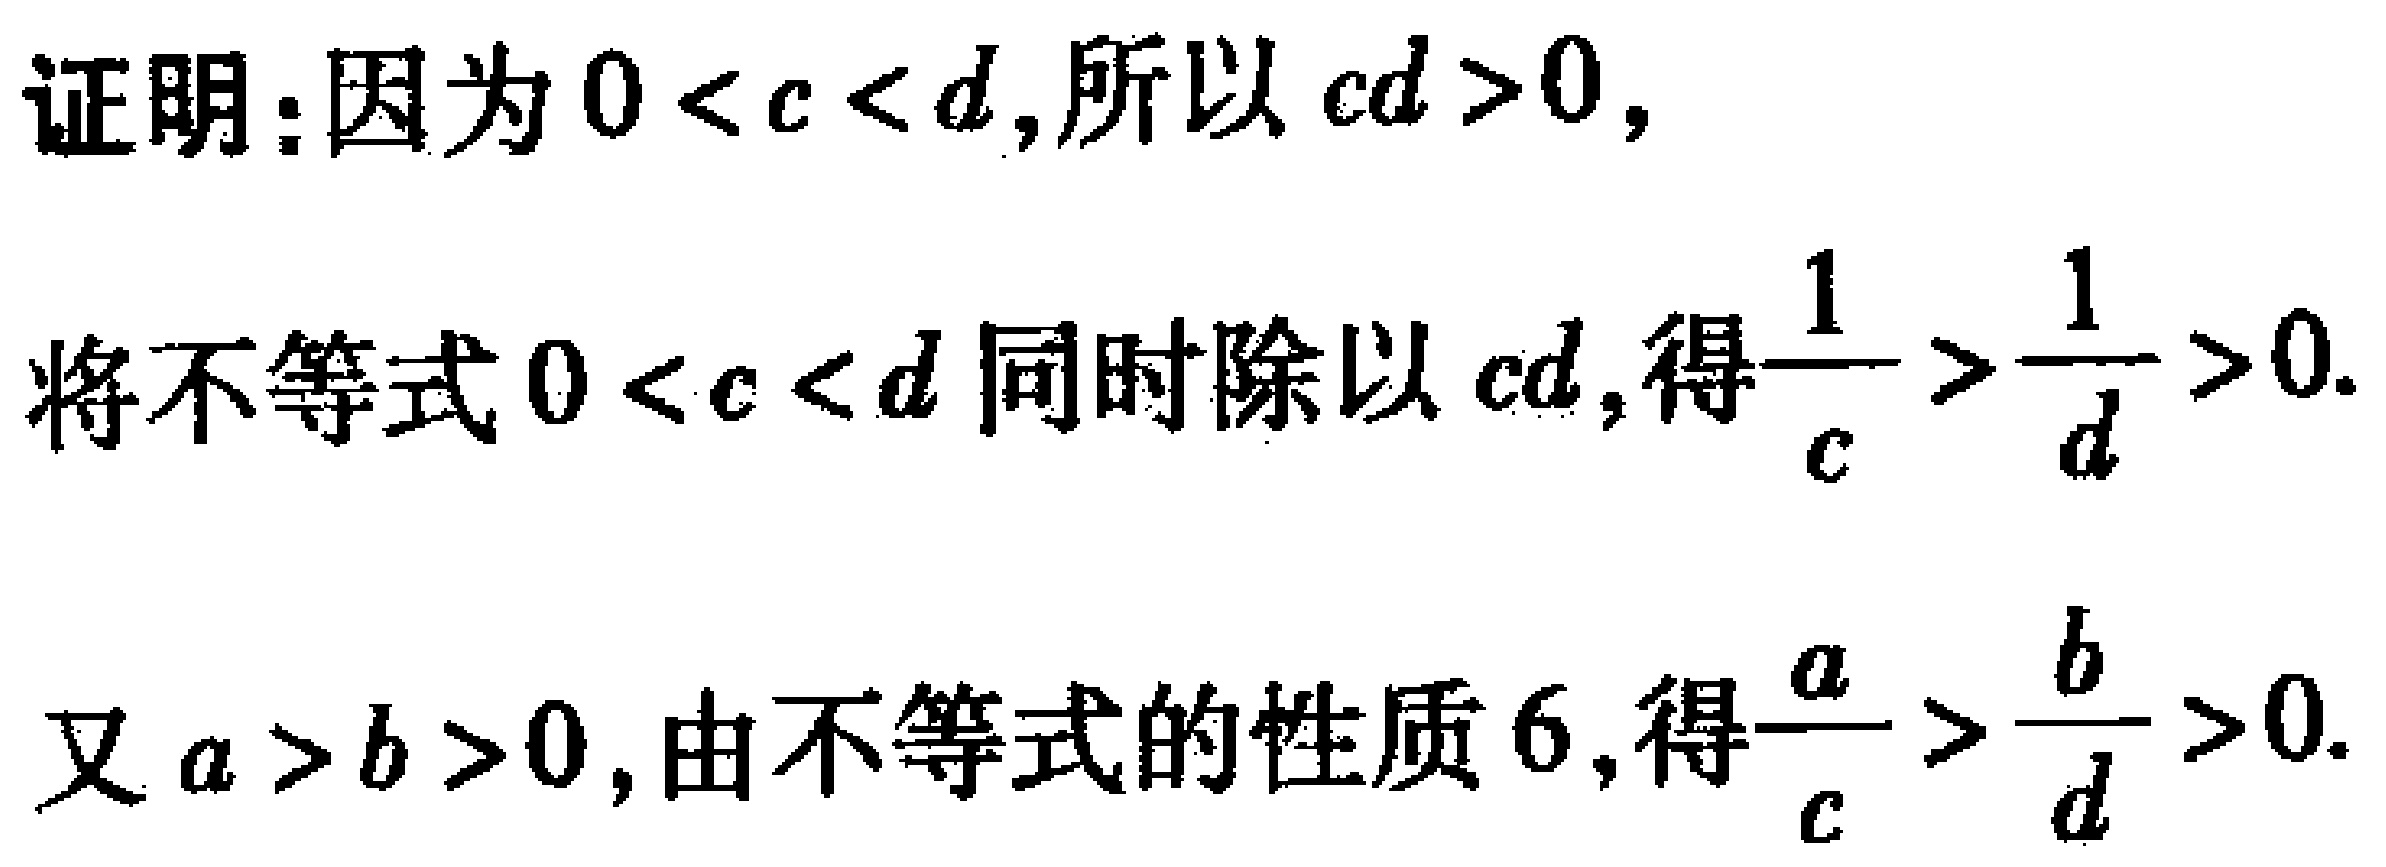
证明：因为\(0 < c < d\)，所以 \(cd>0\)，

将不等式\(0 < c < d\) 同时除以 \(cd\)，得\(\frac{1}{c}>\frac{1}{d}>0\).

又\(a > b > 0\)，由不等式的性质 6，得\(\frac{a}{c}>\frac{b}{d}>0\).